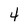
Character: 4